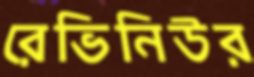
রেভিনিউর